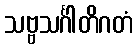
သဗ္ဗသင်္ဂါတိဂတံ